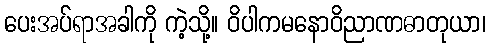
ပေးအပ်ရာအခါကို ကဲ့သို့။ ဝိပါကမနောဝိညာဏဓာတုယာ၊